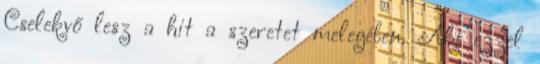
Cselekvő lesz a hit a szeretet melegében. Aki ezzel